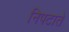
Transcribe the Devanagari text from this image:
निपटाते